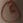
Text: 5